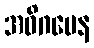
အဓိဂမေန